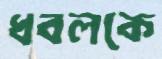
ধবলকে